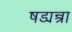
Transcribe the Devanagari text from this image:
षड्यन्त्रा